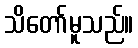
သိတော်မူသည်။